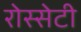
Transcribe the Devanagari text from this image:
रोस्सेटी